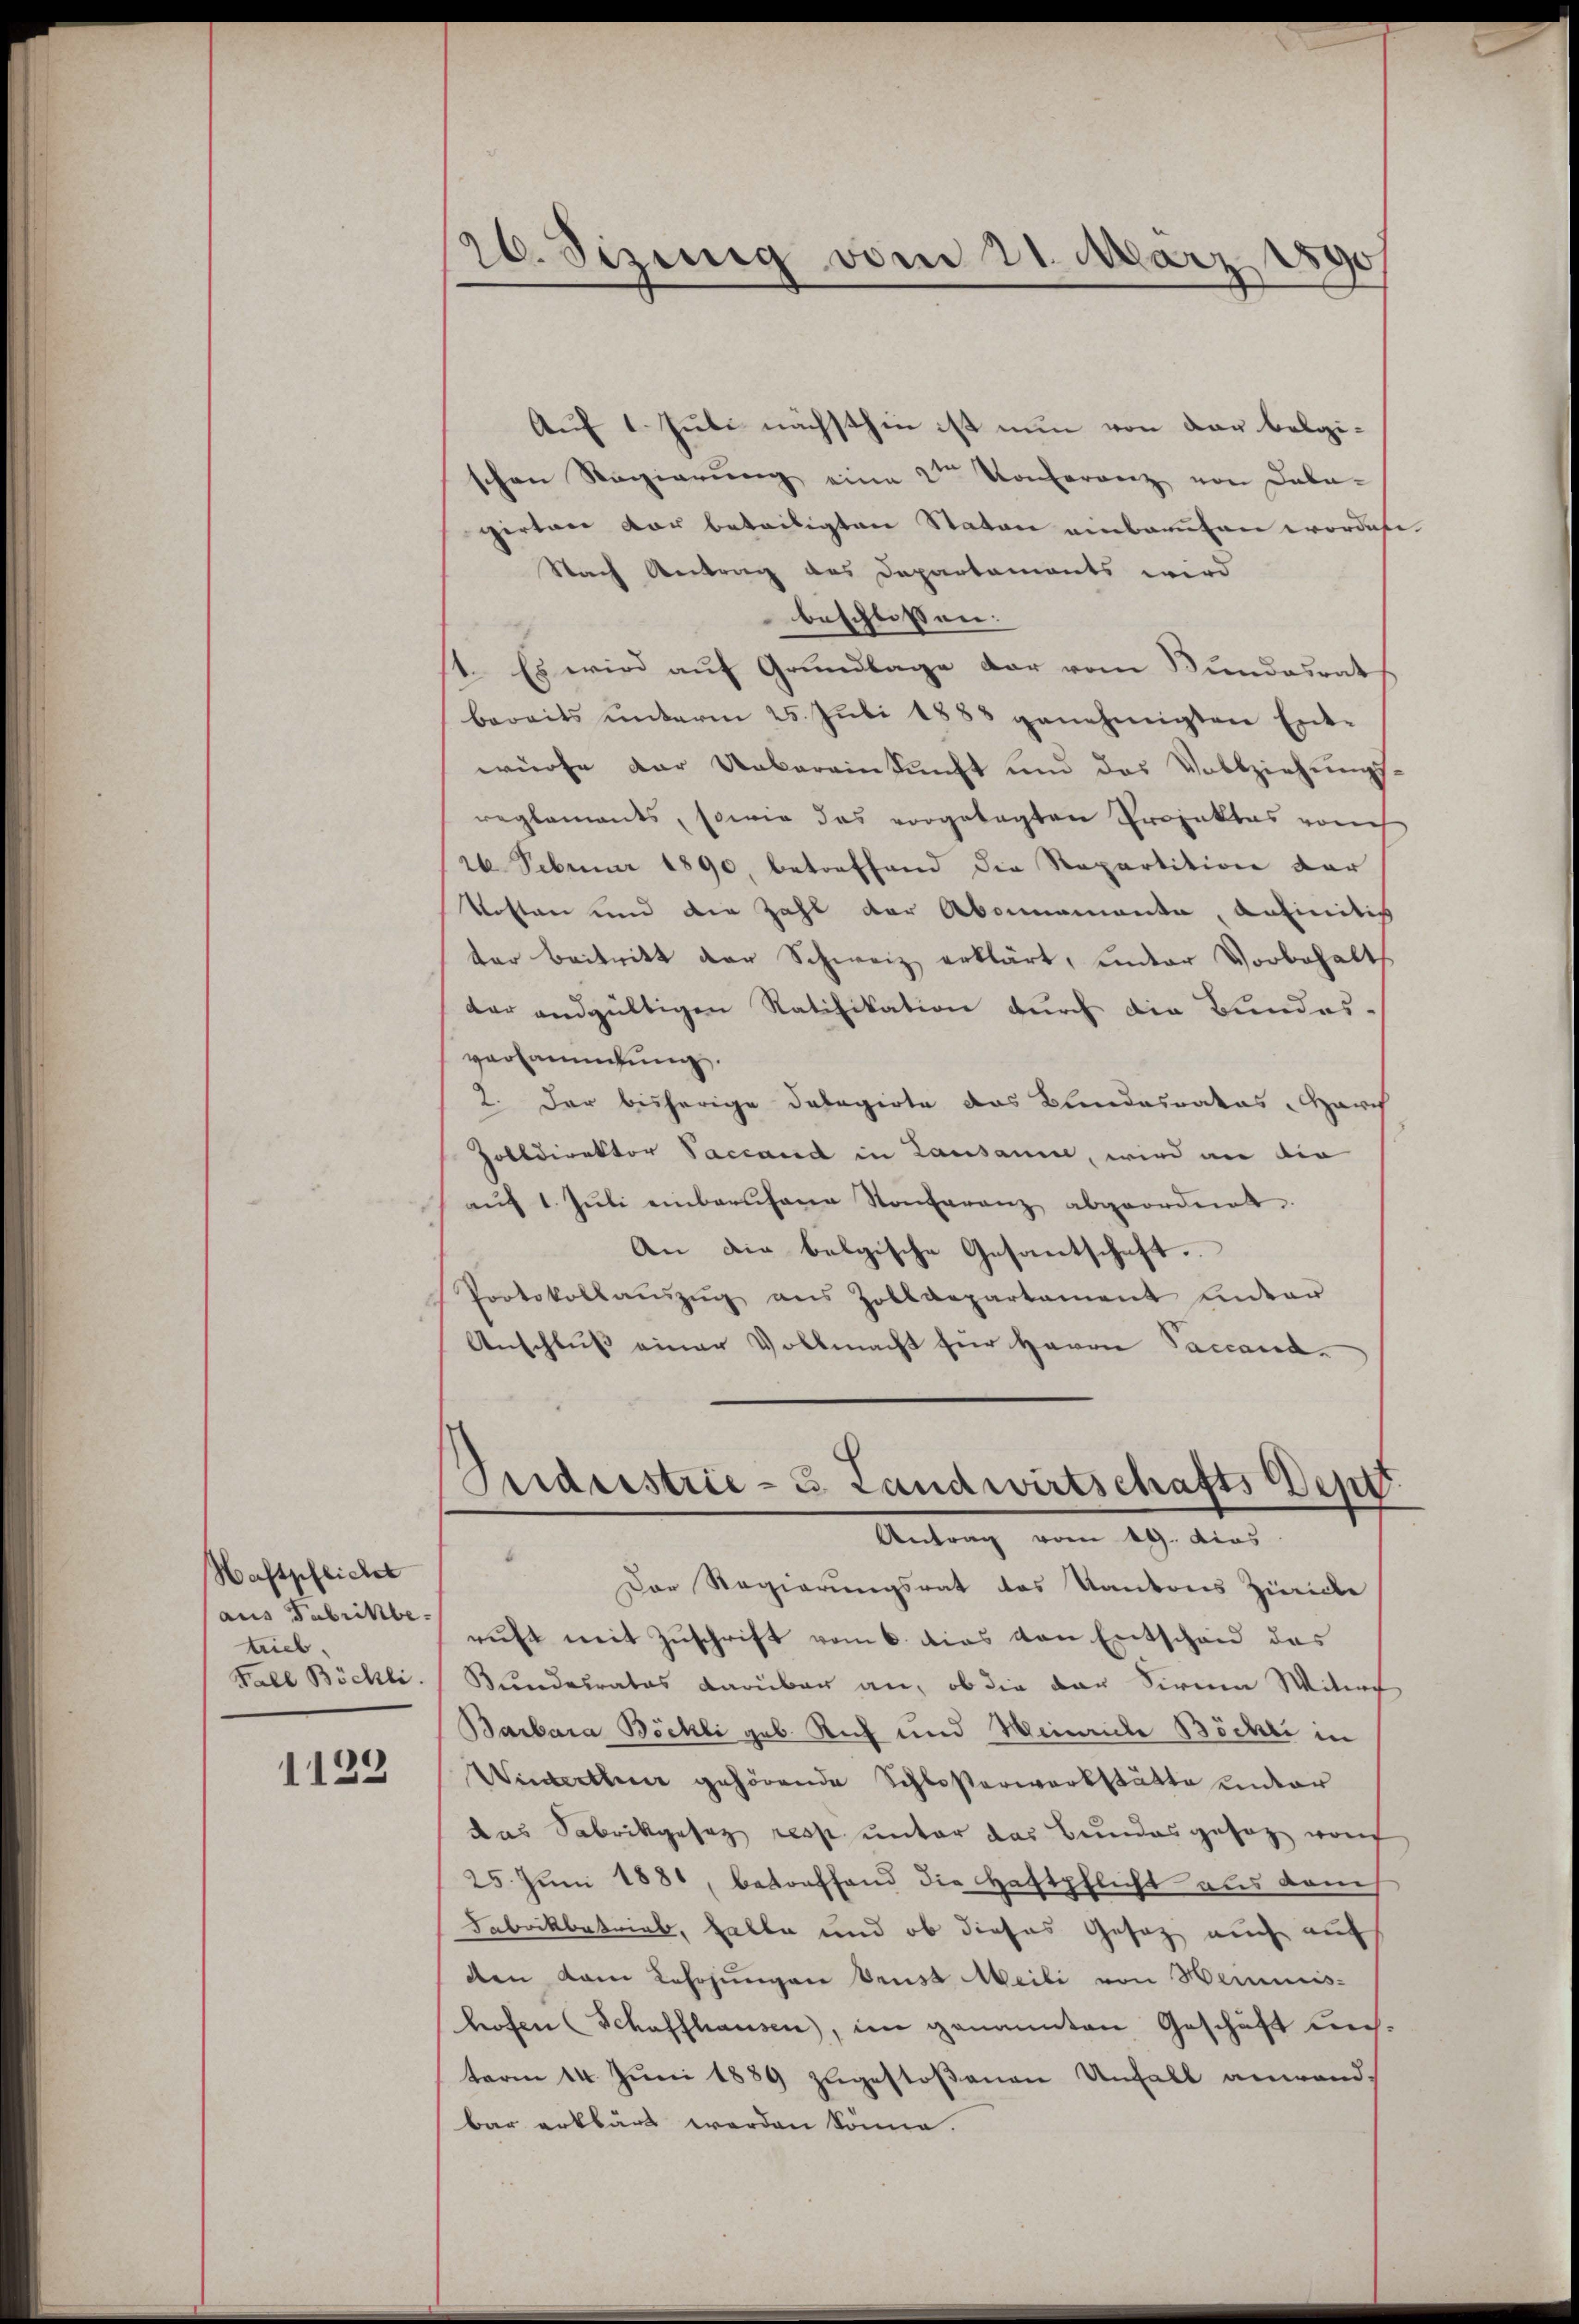
Haftpflichet
aus Fabrikbetrieb.
Fall Böchli
1129

26. Sizung vom 21. März 1890

Auf 1. Juli nächsthin ist nun von der belgischen Regierung eine der Konferenz von Dala-
perten vor beteiligten Stator einbauten wordete.
Nach Antrag des Departaments wird
beschlossen.
11. Es wird auf Grundlage der vom Bundesrat
bereits ŭnterm 25. Juli 1883 genehmigten Ent-
würfe der Uebereinkunft und das Vollziehungs-
reglements, sowie das vorgelegten Projektes rauch
26. Februar 1890, betreffend die Repartition dar
kosten und die Zahl der Abonnemente, anfinitiv
ter Beitritt der Schweiz erklärt, unter Vorbehalt
der andgültigen Ratifikation durch die Bundes¬
Versammlung.
2. Der bisherige Dalagirte das Blendesrakas, March
Zolldirektor Saccand in Lausanne, wird an die
aŭf 1. Jŭli einbarŭfene Konferenz abgeordnet.
An die belgische Gesantschaft.
Protokollaŭszŭg ans Zolldepartament unter
Anschluß einer Vollmacht für Herrn Saccand.
Seideestrie-S. Landwirtschafts Sept.

Antrag vom 19. dies

6
Der Regierungsrat des Kantons Zürich
ruht mit Zuschrift vom 6. dies von Entschend das
Bundesrates darüber an, ob die der Sirnen Witwe
Barbara Böckli geb. Rich und Weinriche Böcher in
Winterthur gehörende Schloßerwerkstätte unter
das Sabrikgesez resp. unter das Bundesgesetz von
25. Juni 1881, betreffend die Haftpflicht aus dem
Fabrikbetrieb, halte und ob dieses Gesetz auch auf
den vom Lehrjungen brust Meili von Hermis-
hofen (Schaffhausen, im genannten Geschäft nich
term 14. Juni 1889 zugestoßenen Unfall anwandbar erklärt werden könne.